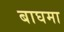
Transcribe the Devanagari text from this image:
बाघमा